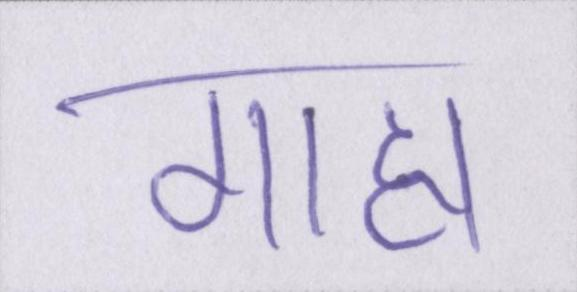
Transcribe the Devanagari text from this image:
गाह्य